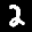
Label: 2